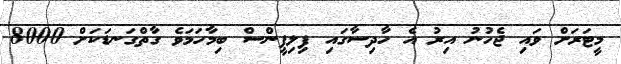
މީޓަރަށް ވައި ޖެހުނު އިރު އެ ހާދިސާގައި ފިލިޕީންސް ބިމާހަމަވެ ގާތްގަނޑަކަށް 8000